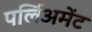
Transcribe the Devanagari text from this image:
पर्लिअमेंट